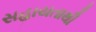
સહાયતાથી